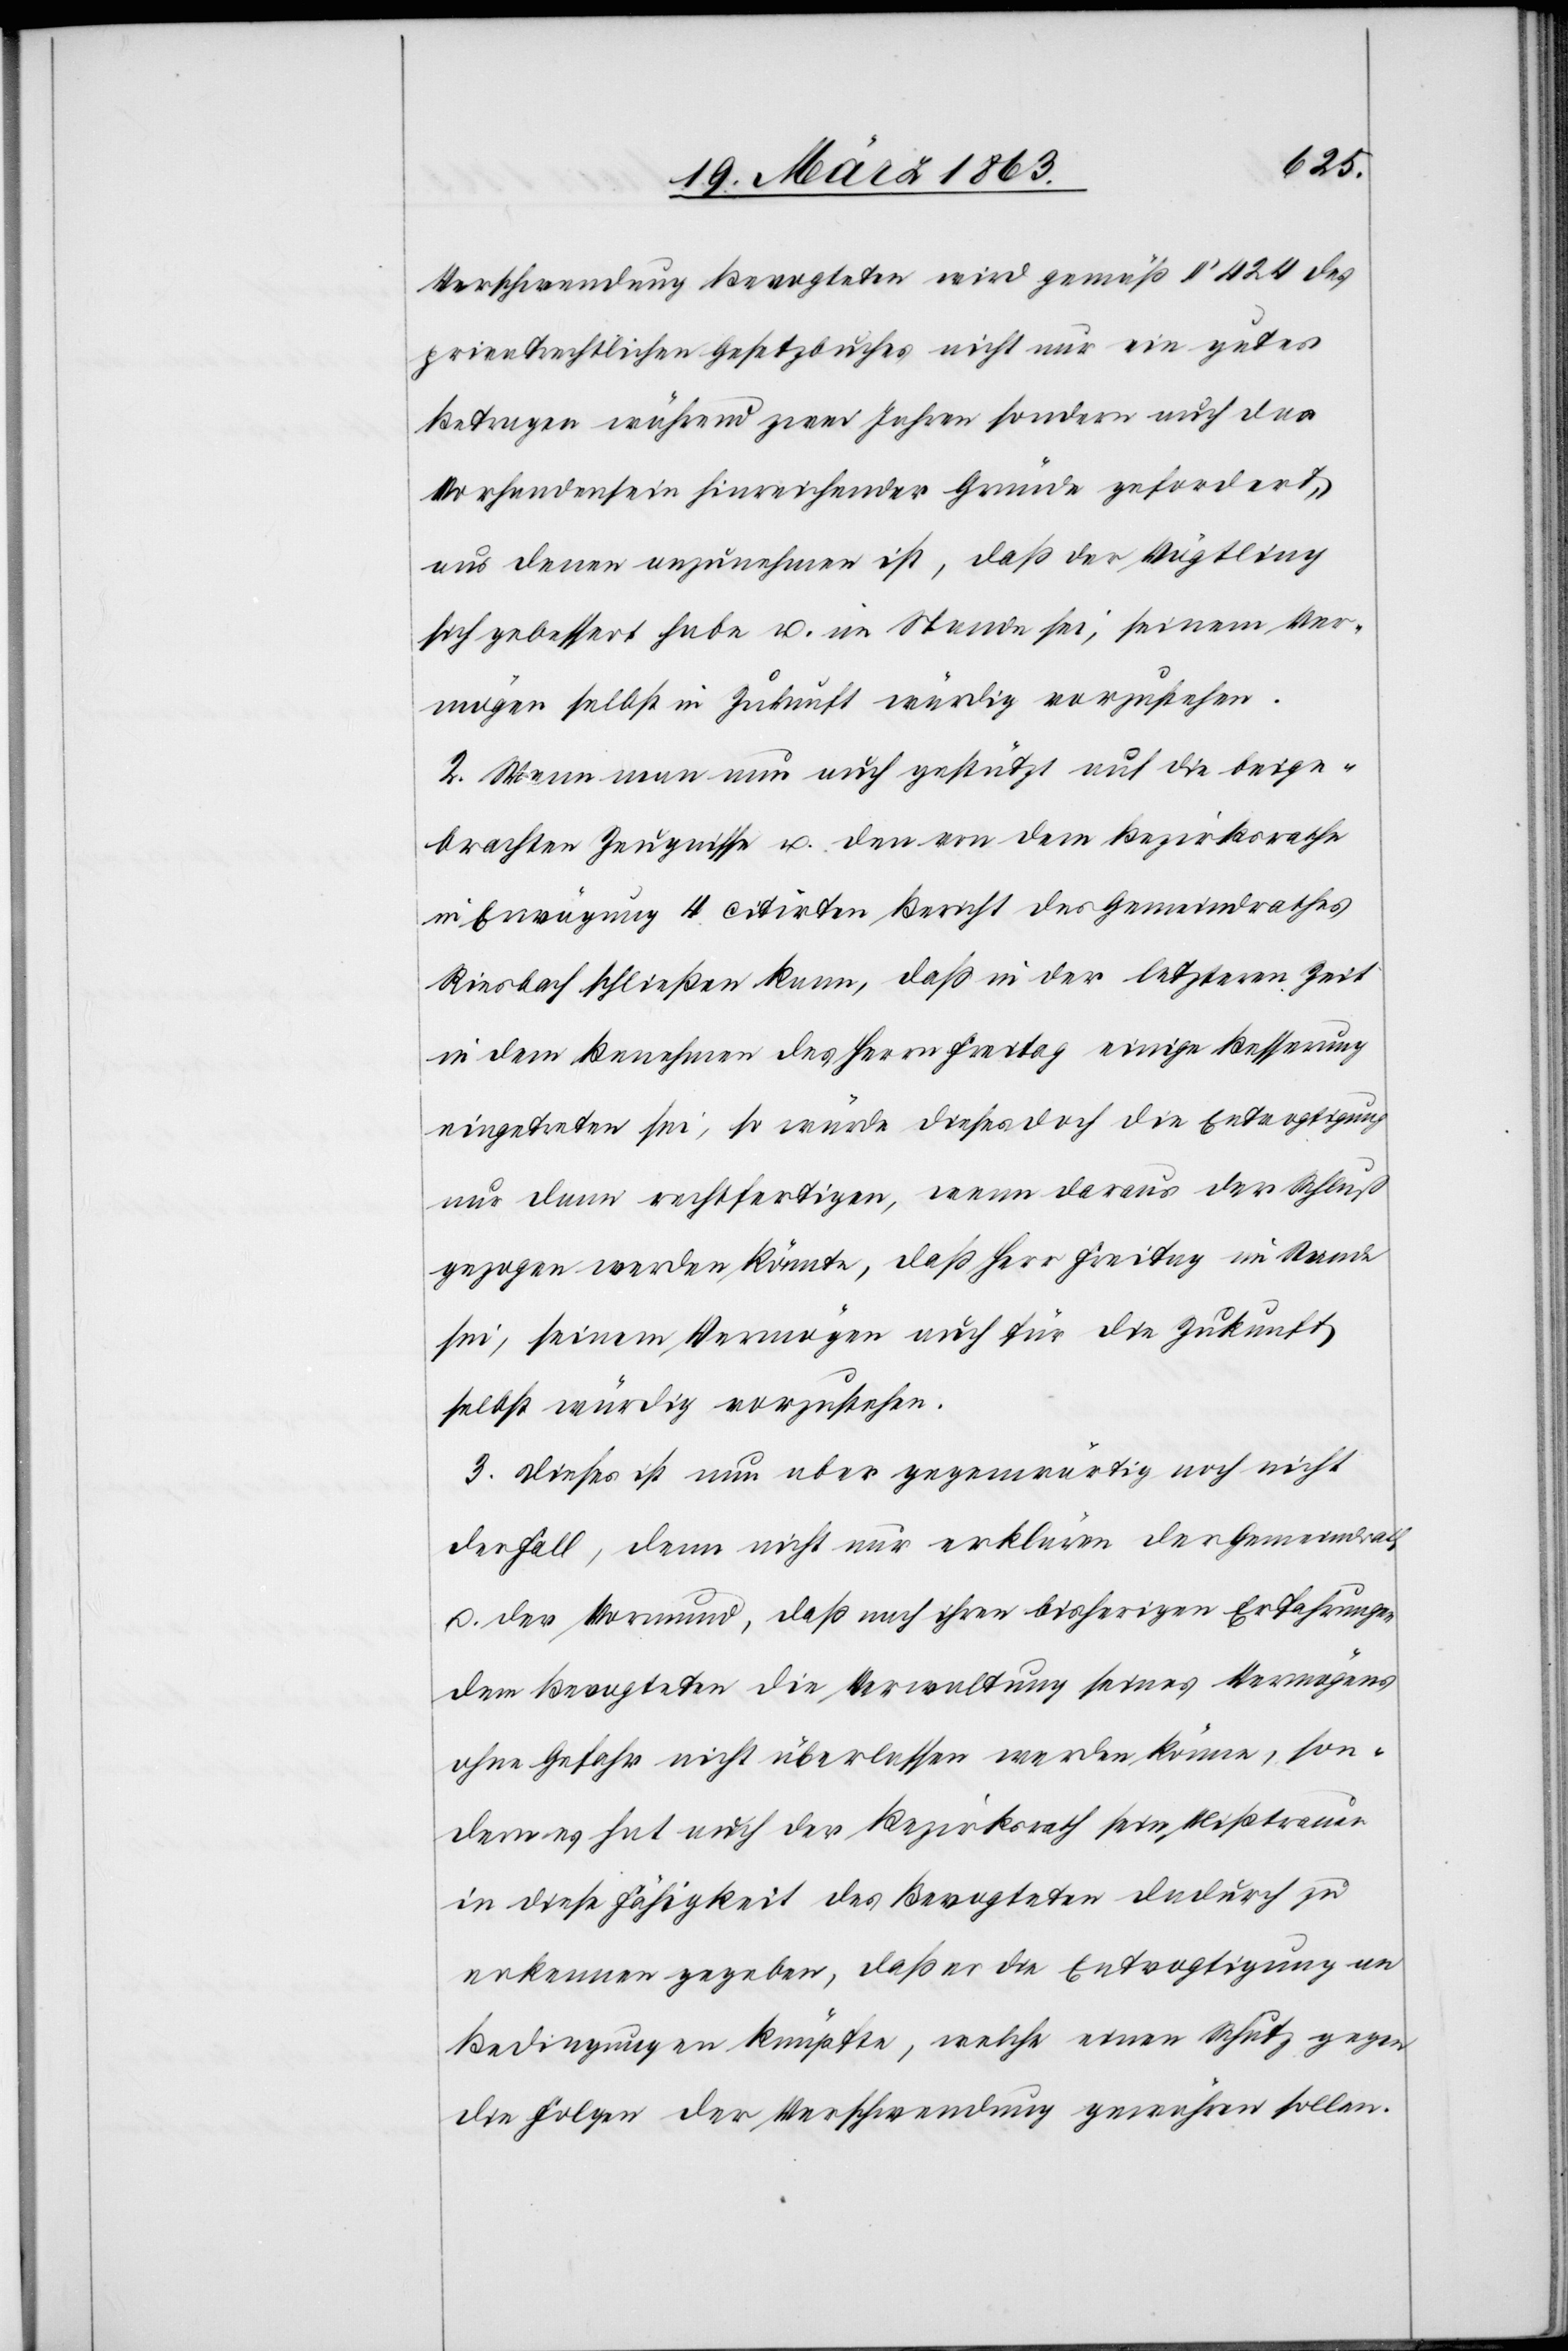
Verschwendung Bevogteten wird gemäß § 424 des
privatrechtlichen Gesetzbuches nicht nur ein gutes
Betragen während zwei Jahren sondern auch das
Vorhandensein hinreichender Gründe gefordert,
aus denen anzunehmen ist, daß der Vögtling
sich gebessert habe u. im Stande sei, seinem Ver¬
mögen selbst in Zukunft würdig vorzustehen.
2. Wenn man nun auch gestützt auf die beige¬
brachten Zeugnisse u. den von dem Bezirksrathe
in Erwägung 4 citirten Bericht des Gemeindrathes
Riesbach schließen kann, daß in der letzteren Zeit
in dem Benehmen des Herrn Freitag einige Besserung
eingetreten sei, so würde dieses doch die Entvogtigung
nur dann rechtfertigen, wenn daraus der Schluß
gezogen werden könnte, daß Herr Freitag im Stande
sei, seinem Vermögen auch für die Zukunft
selbst würdig vorzustehen.
3. Dieses ist nun aber gegenwärtig noch nicht
der Fall, denn nicht nur erklären der Gemeindrath
u. der Vormund, daß nach ihren bisherigen Erfahrungen
dem Bevogteten die Verwaltung seines Vermögens
ohne Gefahr nicht überlassen werden könne, son¬
dern es hat auch der Bezirksrath sein Mißtrauen
in diese Fähigkeit des Bevogteten dadurch zu
erkennen gegeben, daß er die Entvogtigung an
Bedingungen knüpfte, welche einen Schutz gegen
die Folgen der Verschwendung gewähren sollen.